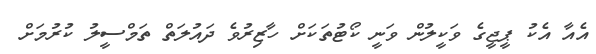
އެއާ އެކު ޕީޖީގެ ވަކީލުން ވަނީ ކޯޓުތަކަށް ހާޒިރުވެ ދައުލަތް ތަމްސީލު ކުރުމަށް